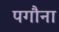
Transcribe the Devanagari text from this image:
पगौना